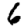
Digit: 6